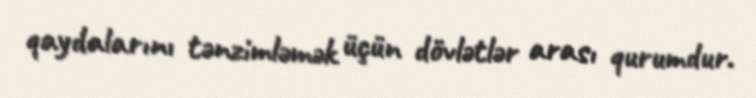
qaydalarını tənzimləmək üçün dövlətlər arası qurumdur.